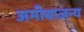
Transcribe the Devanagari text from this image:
अमीबाजन्य